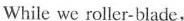
While we roller-blade,